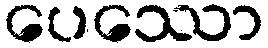
ပေဿော